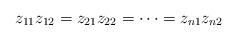
LaTeX: \begin{align*}z_{11}z_{12}=z_{21}z_{22}=\dots =z_{n1}z_{n2}\end{align*}